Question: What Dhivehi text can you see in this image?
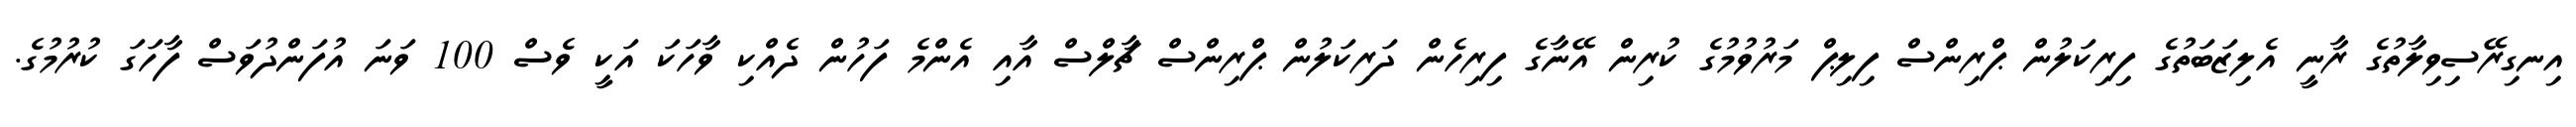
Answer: އިނގިރޭސިވިލާތުގެ ރާނީ އެލިޒަބަތުގެ ފިރިކަލުން ޕްރިންސް ފިލިޕް މަރުވުމުގެ ކުރިން އޭނާގެ ފިރިހެން ދަރިކަލުން ޕްރިންސް ޗާލްސް އާއި އެންމެ ފަހުން ދެއްކި ވާހަކަ އަކީ ވެސް 100 ވަނަ އުފަންދުވަސް ފާހަގަ ކުރުމުގެ.